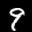
Label: 9